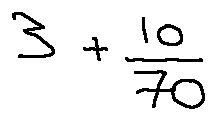
3 + \frac { 1 0 } { 7 0 }